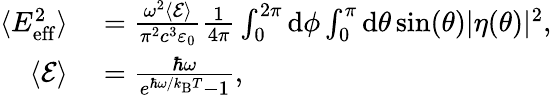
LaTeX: \begin{array}{rl}{\langle E_{\mathrm{eff}}^{2}\rangle}&{{}=\frac{\omega^{2}\langle\mathcal{E}\rangle}{\pi^{2}c^{3}\varepsilon_{0}}\frac{1}{4\pi}\int_{0}^{2\pi}\mathrm{d}\phi\int_{0}^{\pi}\mathrm{d}\theta\sin(\theta)|\eta(\theta)|^{2},}\\ {\langle\mathcal{E}\rangle}&{{}=\frac{\hbar\omega}{e^{\hbar\omega/k_{\mathrm{B}}T}-1},}\end{array}